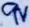
Text: 9V